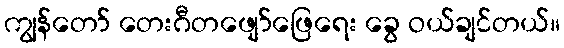
ကျွန်တော် တေးဂီတဖျော်ဖြေရေး ခွေ ဝယ်ချင်တယ်။